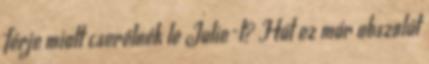
férje miatt cserélnék le Julie-t? Hát ez már abszolút